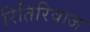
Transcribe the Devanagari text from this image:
रितिरिवाज